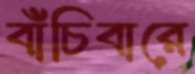
বাঁচিবারে